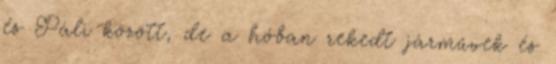
és Páli között, de a hóban rekedt járművek és